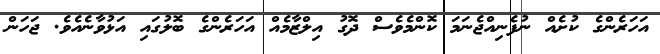
އަހަރެންގެ ކުށެއް ނުފެނިއްޖެނަމަ ކޮންމެވެސް ދޮގު އިލްޒާމެއް އަހަރެންގެ ބޮލުގައި އަޅުވާނެއެވެ. ޖަހަން